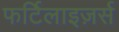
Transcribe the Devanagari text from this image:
फर्टिलाइज़र्स